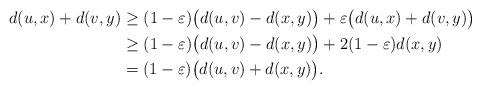
LaTeX: \begin{align*} d(u,x)+d(v,y)&\ge (1-\varepsilon)\big(d(u,v)-d(x,y)\big)+\varepsilon \big(d(u,x)+d(v,y)\big)\\ &\ge(1-\varepsilon)\big(d(u,v)-d(x,y)\big)+2(1-\varepsilon)d(x,y)\\ &= (1-\varepsilon)\big(d(u,v)+d(x,y)\big).\end{align*}